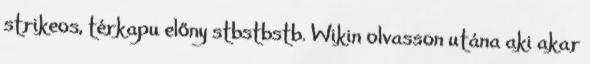
strikeos, térkapu előny stbstbstb. Wikin olvasson utána aki akar